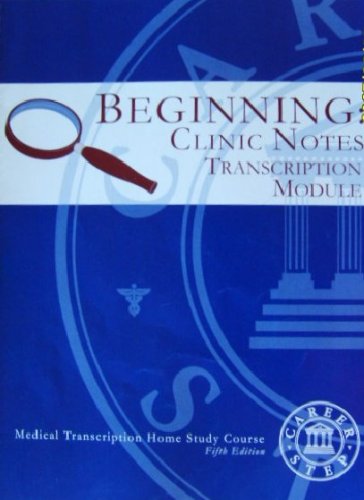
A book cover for BEGINNING: Clinic Notes Transcription Module. (MEDICAL TRANSCRIPTION HOME STUDY COURSE.); ANDREA L. ANAYA.; Medical Books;